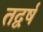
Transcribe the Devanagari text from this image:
तद्वर्षं